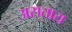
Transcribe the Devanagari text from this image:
असताय